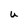
Character: U